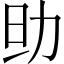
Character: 𠡎